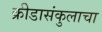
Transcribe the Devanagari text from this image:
क्रीडासंकुलाचा